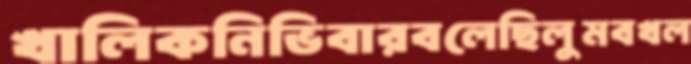
খালিকনিভিবারবলেছিলুমবখল